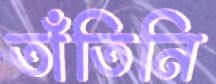
তাঁতিনি